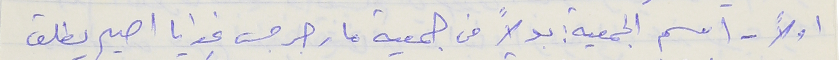
اولاً - اسم الجمعية ؛ بدلاً من جمعية مار جرجس غوايا اصبح يطلق